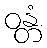
ဝန္တံ